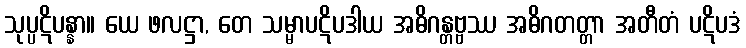
သုပ္ပဋိပန္နာ။ ယေ ဖလဋ္ဌာ, တေ သမ္မာပဋိပဒါယ အဓိဂန္တဗ္ဗဿ အဓိဂတတ္တာ အတီတံ ပဋိပဒံ